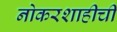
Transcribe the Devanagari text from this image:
नोकरशाहीची